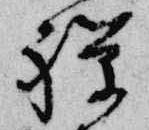
禅